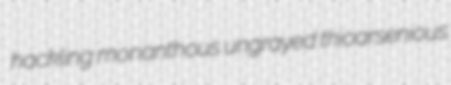
hackling monanthous ungrayed thioarsenious